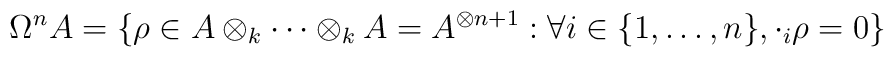
\Omega ^nA = \{ \rho \in A \otimes_k \cdots \otimes_kA = A ^{\otimes n+1} : \forall i \in \{1, \ldots ,n\}, \cdot_i \rho = 0\}